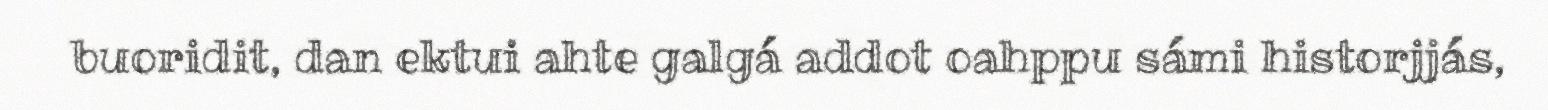
buoridit, dan ektui ahte galgá addot oahppu sámi historjjás,